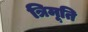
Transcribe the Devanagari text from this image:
त्रिमूति